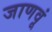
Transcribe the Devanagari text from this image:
जाणवूं